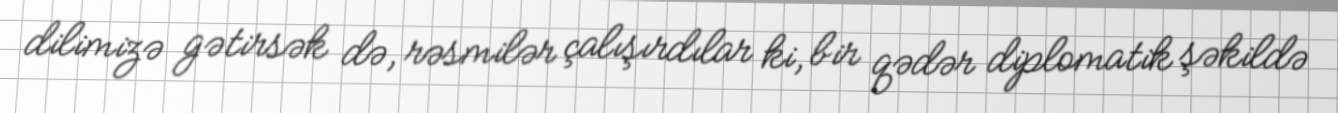
dilimizə gətirsək də, rəsmilər çalışırdılar ki, bir qədər diplomatik şəkildə